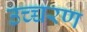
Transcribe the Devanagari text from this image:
उच्च्चरण